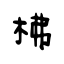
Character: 柫